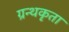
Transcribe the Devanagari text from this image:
ग्रन्थकृता